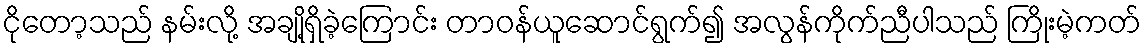
ငိုတော့သည် နမ်းလို့ အချို့ရှိခဲ့ကြောင်း တာဝန်ယူဆောင်ရွက်၍ အလွန်ကိုက်ညီပါသည် ကြိုးမဲ့ကတ်